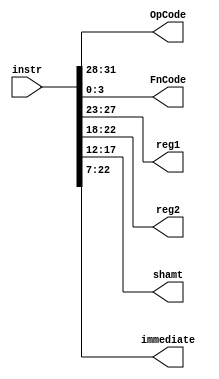
module InstructionDecode(
	  input [31:0] instr,
	  output [3:0] OpCode,
	  output [3:0] FnCode,
	  output [4:0] reg1,
	  output [4:0] reg2,
	  output [5:0] shamt,
	  output [15:0] immediate
    );
	 
	
	assign OpCode = instr[31:28];
	assign FnCode = instr[3:0];
	assign flag = instr[27];
	assign immediate = instr[22:7];
	assign reg1 = instr[27:23];
	assign reg2 = instr[22:18];
	assign shamt = instr[17:12];
	

endmodule